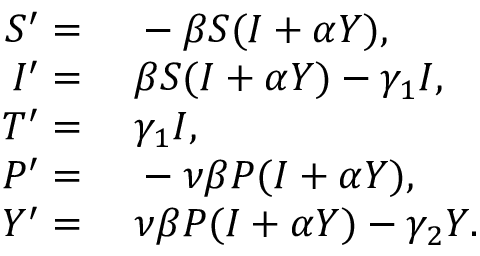
\begin{array} { r l } { S ^ { \prime } = } & { { } \; - \beta S ( I + \alpha Y ) , } \\ { I ^ { \prime } = } & { { } \; \beta S ( I + \alpha Y ) - \gamma _ { 1 } I , } \\ { T ^ { \prime } = } & { { } \; \gamma _ { 1 } I , } \\ { P ^ { \prime } = } & { { } \; - \nu \beta P ( I + \alpha Y ) , } \\ { Y ^ { \prime } = } & { { } \; \nu \beta P ( I + \alpha Y ) - \gamma _ { 2 } Y . } \end{array}